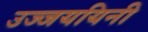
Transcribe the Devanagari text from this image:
उज्जययिनी